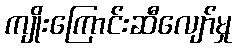
ကျိုးကြောင်းဆီလျော်မှု